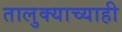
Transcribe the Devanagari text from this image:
तालुक्याच्याही